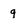
Character: q